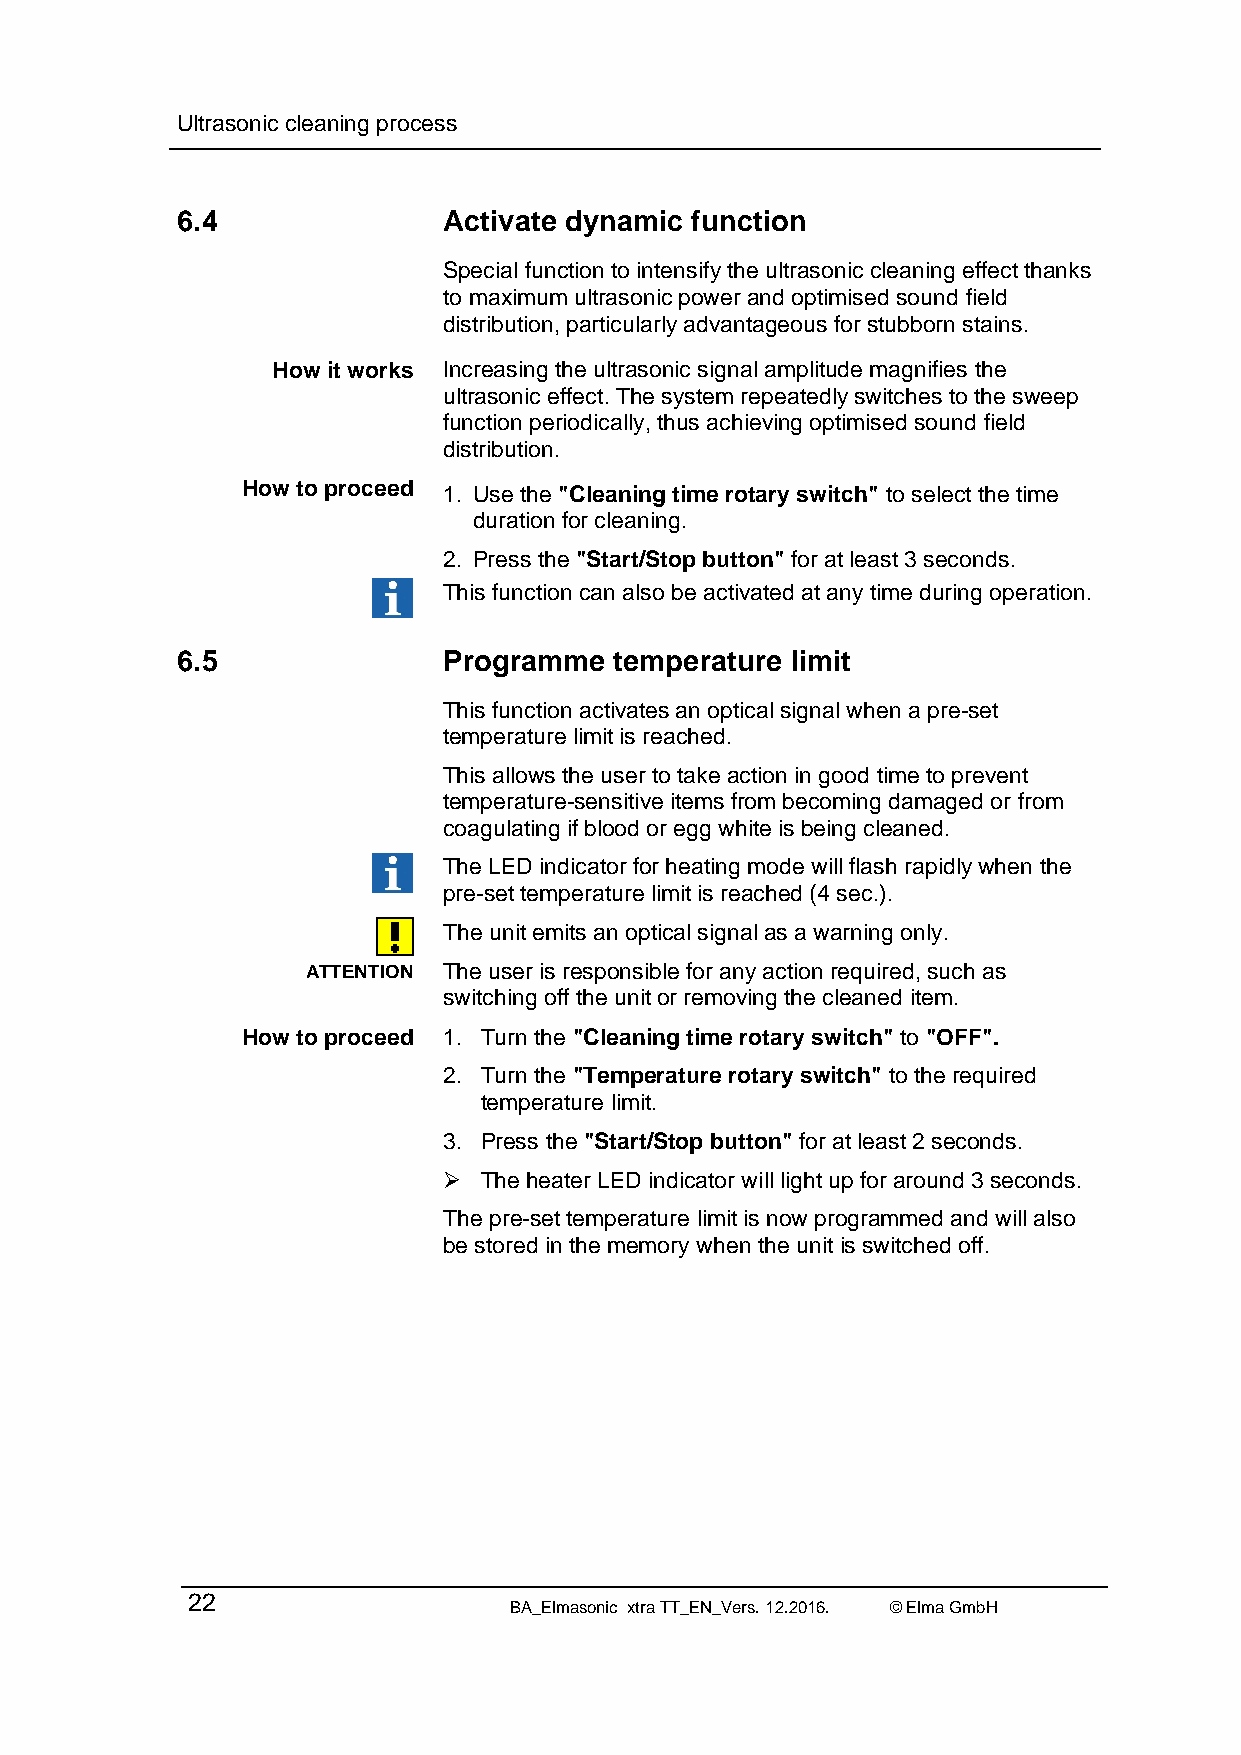
Ultrasonic cleaning process
 6.4              Activate dynamic function
 Special function to intensify the ultrasonic cleaning effect thanks
 to maximum ultrasonic power and optimised sound field
 distribution, particularly advantageous for stubborn stains.
 How it works Increasing the ultrasonic signal amplitude magnifies the
 ultrasonic effect. The system repeatedly switches to the sweep
 function periodically, thus achieving optimised sound field
 distribution.
 How to proceed 1. Use the "Cleaning time rotary switch" to select the time
 duration for cleaning.
 2. Press the "Start/Stop button" for at least 3 seconds.
 This function can also be activated at any time during operation.
 6.5              Programme   temperature limit
 This function activates an optical signal when a pre-set
 temperature limit is reached.
 This allows the user to take action in good time to prevent
 temperature-sensitive items from becoming damaged or from
 coagulating if blood or egg white is being cleaned.
 The LED indicator for heating mode will flash rapidly when the
 pre-set temperature limit is reached (4 sec.).
 The unit emits an optical signal as a warning only.
 ATTENTION The user is responsible for any action required, such as
 switching off the unit or removing the cleaned item.
 How to proceed 1. Turn the "Cleaning time rotary switch" to "OFF".
 2. Turn the "Temperature rotary switch" to the required
 temperature limit.
 3. Press the "Start/Stop button" for at least 2 seconds.
   The heater LED indicator will light up for around 3 seconds.
 The pre-set temperature limit is now programmed and will also
 be stored in the memory when the unit is switched off.
 22
 BA_Elmasonic xtra TT_EN_Vers. 12.2016. © Elma GmbH